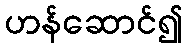
ဟန်ဆောင်၍